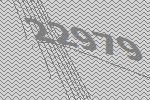
22979